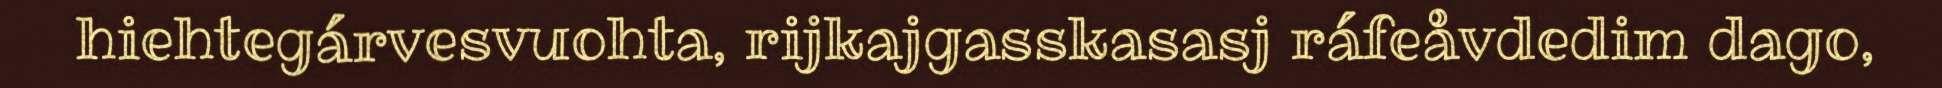
hiehtegárvesvuohta, rijkajgasskasasj ráfeåvdedim dago,